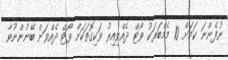
ނުފެންނަ ކަމަށް 10 މެމްބަރަކު ވޯޓް ދެއްވިއިރު ވަކިގޮތަކަށް ވޯޓް ދެއްވަން ބޭނުންނުވާ